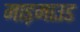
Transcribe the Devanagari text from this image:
माड़माउड